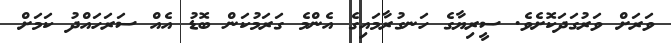
ވަރަށް ވަރުގަދަކޮށެވެ. ސީރިޔާގެ ހަނގުރާމައިގެ އެންމެ ގަރަމުކަން ބޮޑު އެއް ސަރަހައްދު ކަމަށް